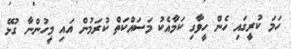
ހަމަ ކުރީގައި ހެން ހީވާގި ކަމާއެކު މަސައްކަތް ކުރަމުން އައި މީހުންނާ ގުޅޭ